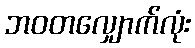
ဘဝတလျှောက်လုံး